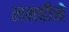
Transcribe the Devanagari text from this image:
लमहीसे